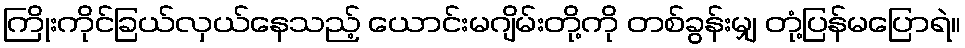
ကြိုးကိုင်ခြယ်လှယ်နေသည့် ယောင်းမဂျိမ်းတို့ကို တစ်ခွန်းမျှ တုံ့ပြန်မပြောရဲ။